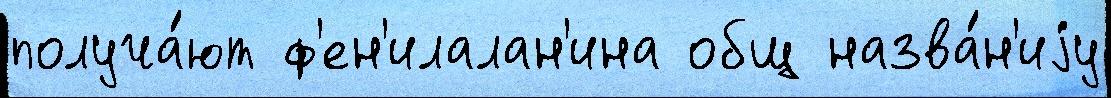
получа́ют ф'ен'илалан'ина общ назва́н'иjу